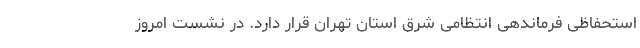
استحفاظی فرماندهی انتظامی شرق استان تهران قرار دارد. در نشست امروز